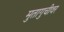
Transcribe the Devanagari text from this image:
मुतागुचीवर